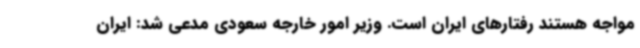
مواجه هستند رفتارهای ایران است. وزیر امور خارجه سعودی مدعی شد: ایران